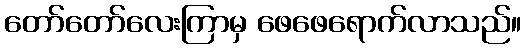
တော်တော်လေးကြာမှ ဖေဖေရောက်လာသည်။